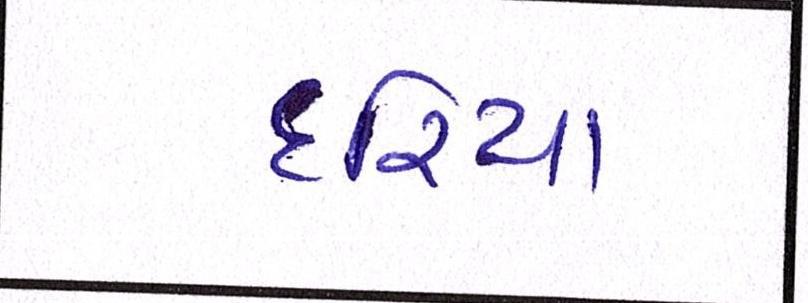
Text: દરિયા